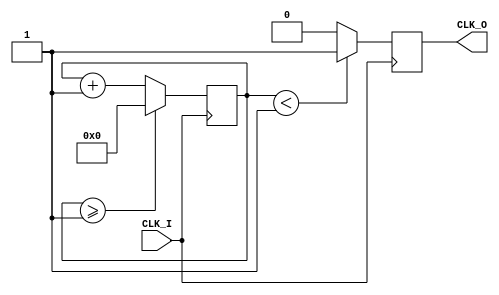
`timescale 1ns / 1ps
//////////////////////////////////////////////////////////////////////////////////
// Company: ash
// 
// Design Name: 
// Module Name: clock_divider
// Project Name: 
// Target Devices: 
// Tool Versions: 
// Description: 
// 
// Dependencies: 
// 
// Revision:
// Revision 0.01 - File Created
// Additional Comments:
// 
//////////////////////////////////////////////////////////////////////////////////


module clock_divider(
    input CLK_I,
    output reg CLK_O
    );
    reg[27:0] cnt=28'd0;
    parameter DIVISOR = 28'd2;

    always @(posedge CLK_I)
    begin
        cnt <= cnt + 28'd1;   
        if(cnt >= ( DIVISOR-1 ) ) 
            cnt <= 28'd0;       
        CLK_O <= ( cnt < DIVISOR >> 1 )? 1'b1 : 1'b0;  
    end

endmodule